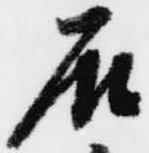
石